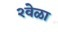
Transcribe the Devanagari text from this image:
२वेळा